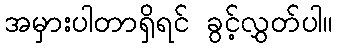
အမှားပါတာရှိရင် ခွင့်လွှတ်ပါ။